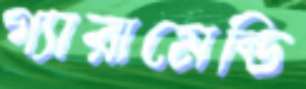
গ্যারামেন্ডি